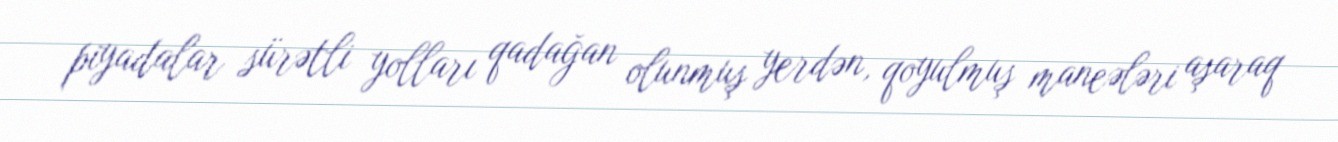
piyadalar sürətli yolları qadağan olunmuş yerdən, qoyulmuş maneələri aşaraq